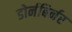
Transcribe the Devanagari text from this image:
डोर्नबिर्नर